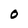
Character: O